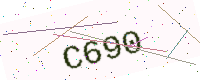
Text: C690